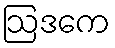
ဩဒကေ